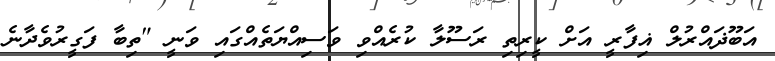
އަބޫޛައްރުލް ޣިފާރީ އަށް ކީރިތި ރަސޫލާ ކުރެއްވި ވަސިއްޔަތެއްގައި ވަނީ "ތިބާ ފަގީރުވެދާނެ